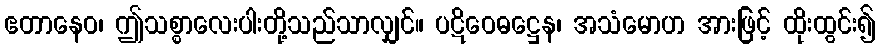
ဧတာနေဝ၊ ဤသစ္စာလေးပါးတို့သည်သာလျှင်။ ပဋိဝေဓဋ္ဌေန၊ အသံမောဟ အားဖြင့် ထိုးထွင်း၍